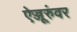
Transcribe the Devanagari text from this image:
ऐज्जूरुंवर